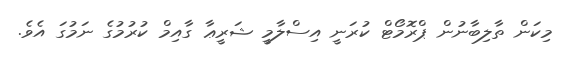
މިކަން ތާލިބާނުން ޕްރޮމޯޓް ކުރަނީ އިސްލާމީ ޝަރީޢާ ގާއިމް ކުރުމުގެ ނަމުގަ އެވެ.